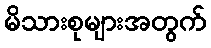
မိသားစုများအတွက်